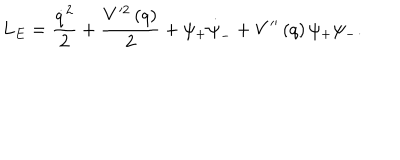
LaTeX: L _ { E } = \frac { \dot { q } ^ { 2 } } 2 + \frac { V ^ { \prime 2 } \left( q \right) } 2 + \psi _ { + } \dot { \psi } _ { - } + V ^ { \prime \prime } \left( q \right) \psi _ { + } \psi _ { - } .